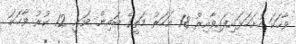
ވާހަކަ ހުށަހަޅައިފައިވާއިރު 18 އަހަރު މަތީގެ ބައިން ވަނީ 12 ކުރު ވާހަކަ